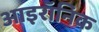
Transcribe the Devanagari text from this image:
आइरॉनिक